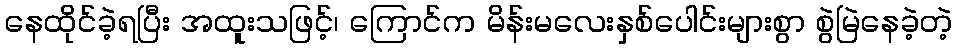
နေထိုင်ခဲ့ရပြီး အထူးသဖြင့်၊ ကြောင်က မိန်းမလေးနှစ်ပေါင်းများစွာ စွဲမြဲနေခဲ့တဲ့